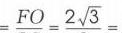
\(=FO = 2\sqrt{3}=\)